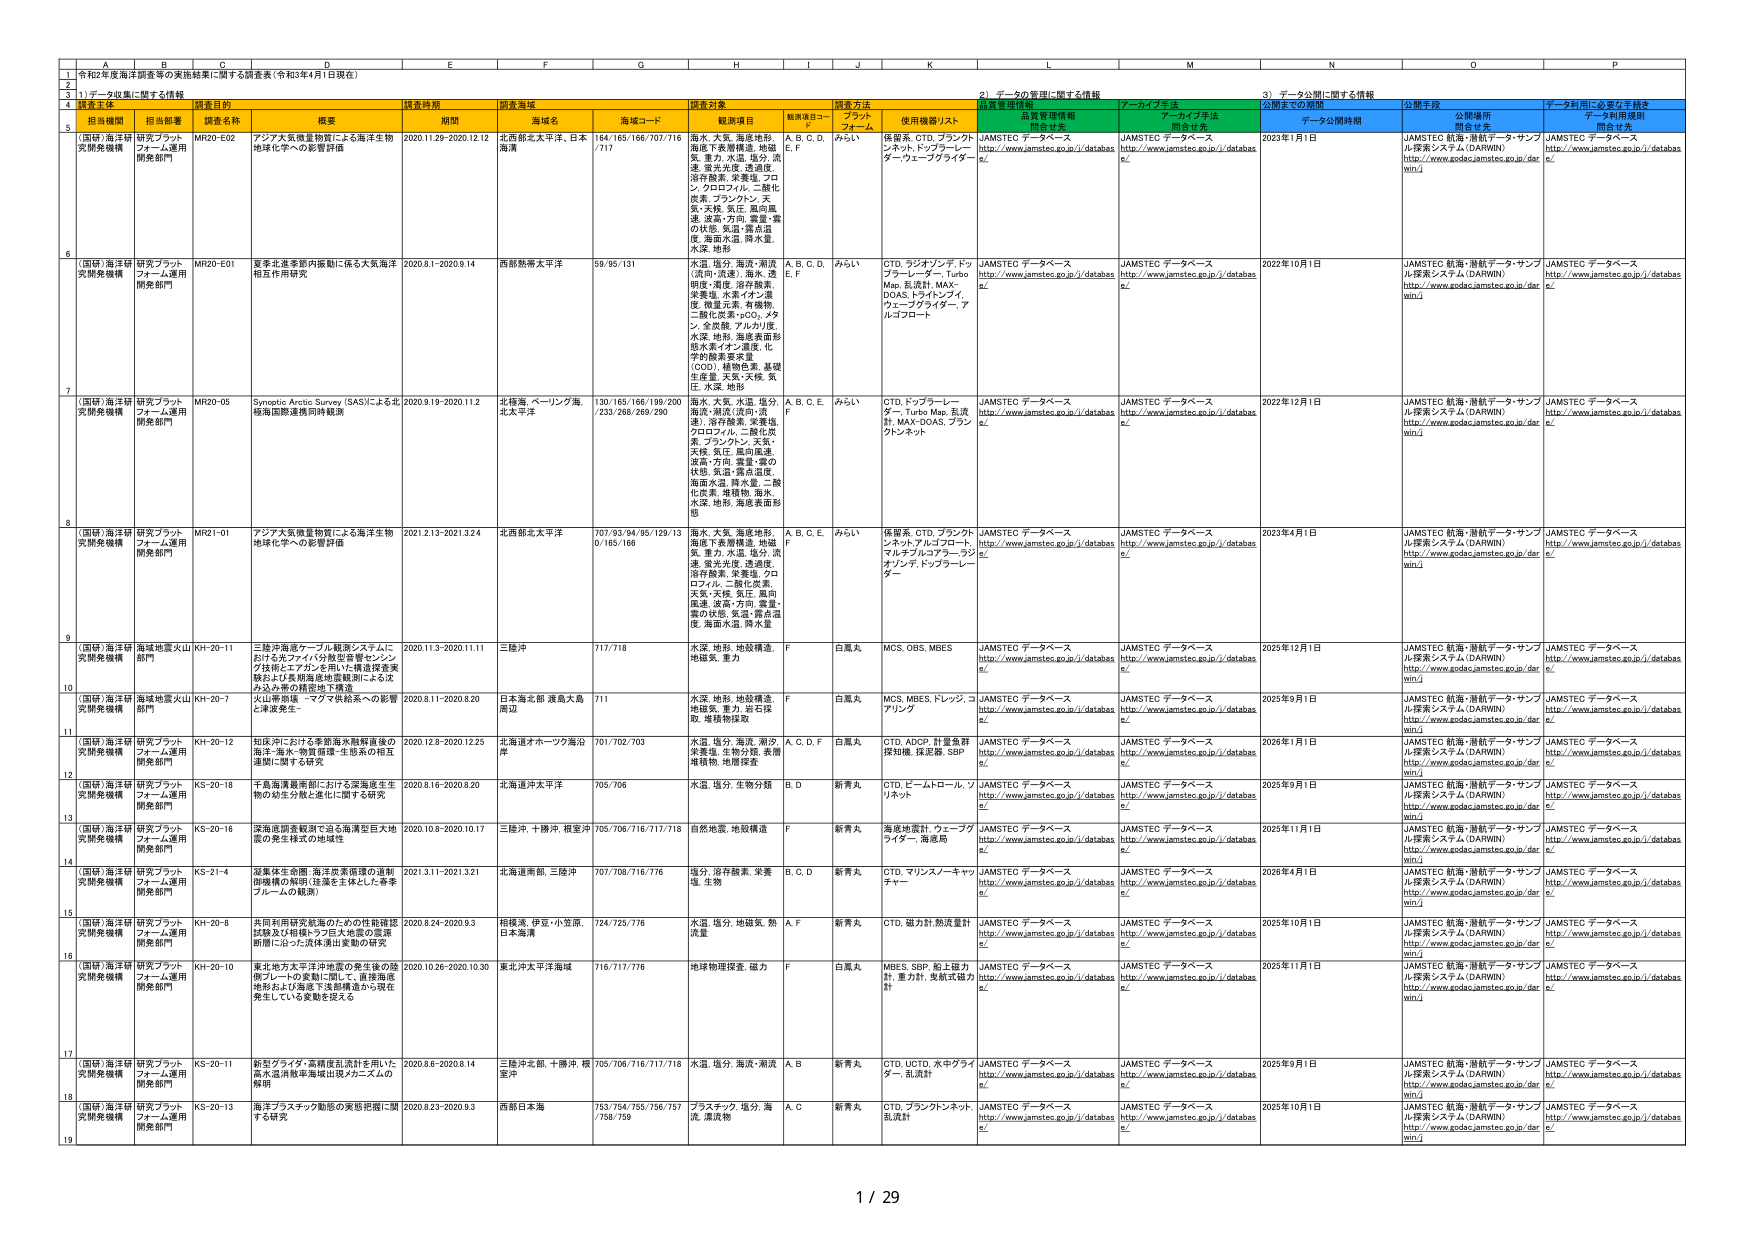
1 令和2年度海洋調査等の実施結果に関する調査表（令和3年4月1日現在）
2
3 1) データ収集に関する情報
4 調査主体
調査種別
調査実施
調査対象
調査方法
品質管理情報
アーカイブ手法
公開手順
データ利用に関する情報
5 担当機関
担当部署
調査名称
概要
期間
海域名
海域コード
観測項目
観測項目コード
プラットフォーム
使用機器/リスト
品質管理情報開示年度
アーカイブ手法開示年度
公開までの期間
データ公開時期
公開場所
開示住所
データ利用規則
開示住所
6 （国研）海洋研究開発機構
研究プラットフォーム運用開発部門
MR20-E02
アジア大気微量物質による海洋生物地球化学への影響評価
2020.11.29-2020.12.12
北西部北太平洋、日本海溝
164/165/166/707/716/717
海水、大気、海底地形、海面下表層構造、地磁気、重力、水温、塩分、流速、蛍光光度、透過度、溶存酸素、栄養塩、フロレン、クロロフィル、二酸化炭素、プランクトン、天気、天候、気圧、風向風速、波高・方向、雲量・雲の状態、気温・露点温度、海面水温、降水量、水深、地形
A, B, C, D, E, F
みらい
係留系、CTD、プラントンネット、ドップラーーレーダー、クエーブライダー
JAMSTEC データベース http://www.jamstec.go.jp/i/databases/
JAMSTEC データベース http://www.jamstec.go.jp/i/databases/
2023年1月1日
JAMSTEC 航海・潜航データ・サンプル探索システム（DARWIN） http://www.kodac.jamstec.go.jp/darwin/
JAMSTEC データベース http://www.jamstec.go.jp/i/databases/
7 （国研）海洋研究開発機構
研究プラットフォーム運用開発部門
MR20-E01
夏季北進季節内振動に係る大気海洋相互作用研究
2020.8.1-2020.9.14
西部熱帯太平洋
59/95/131
水温、塩分、海流/潮流（流向・流速）、海水、透明度、濁度、溶存酸素、栄養塩、水素イオン濃度、微量元素、有機物、二酸化炭素、pCO2、メタン、全炭酸、アルカリ度、水深、地形、海底表面形態、水素イオン濃度、化学的酸素要求量（COD）、植物性、基盤生産量、天気、天候、気圧、水深、地形
A, B, C, D, E, F
みらい
CTD、ラジオンブ、ドップラーーレーダー、Turbo Map、乱流計、MAX-DAS、トライトライ、ウェーブクライダー、アルコプロート
JAMSTEC データベース http://www.jamstec.go.jp/i/databases/
JAMSTEC データベース http://www.jamstec.go.jp/i/databases/
2022年10月1日
JAMSTEC 航海・潜航データ・サンプル探索システム（DARWIN） http://www.kodac.jamstec.go.jp/darwin/
JAMSTEC データベース http://www.jamstec.go.jp/i/databases/
8 （国研）海洋研究開発機構
研究プラットフォーム運用開発部門
MR20-05
Sympatic Arctic Survey (SAS)による北極海国際連携同時観測
2020.9.19-2020.11.2
北極海、ベーリング海、北太平洋
130/165/166/199/200/233/268/269/290
海水、大気、水温、塩分、海流/潮流（流向・流速）、溶存酸素、栄養塩、クロロフィル、二酸化炭素、プランクトン、天気、天候、気圧、風向風速、波高・方向、雲量・雲の状態、気温・露点温度、海面水温、降水量、二酸化炭素、堆積物、海水、水深、地形、海底表面形態
A, B, C, E, F
みらい
CTD、ドップラーーレーダー、Turbo Map、乱流計、MAX-DAS、プランクトンネット
JAMSTEC データベース http://www.jamstec.go.jp/i/databases/
JAMSTEC データベース http://www.jamstec.go.jp/i/databases/
2022年12月1日
JAMSTEC 航海・潜航データ・サンプル探索システム（DARWIN） http://www.kodac.jamstec.go.jp/darwin/
JAMSTEC データベース http://www.jamstec.go.jp/i/databases/
9 （国研）海洋研究開発機構
研究プラットフォーム運用開発部門
MR21-01
アジア大気微量物質による海洋生物地球化学への影響評価
2021.2.13-2021.3.24
北西部北太平洋
707/93/94/95/129/130/165/166
海水、大気、海底地形、海面下表層構造、地磁気、重力、水温、塩分、流速、蛍光光度、透過度、溶存酸素、栄養塩、クロロフィル、二酸化炭素、天気、天候、気圧、風向風速、波高・方向、雲量・雲の状態、気温・露点温度、海面水温、降水量
A, B, C, E, F
みらい
係留系、CTD、プラントンネット、アルコプロート、マルチレンジフローラジオンブ、ドップラーーレーダー
JAMSTEC データベース http://www.jamstec.go.jp/i/databases/
JAMSTEC データベース http://www.jamstec.go.jp/i/databases/
2023年4月1日
JAMSTEC 航海・潜航データ・サンプル探索システム（DARWIN） http://www.kodac.jamstec.go.jp/darwin/
JAMSTEC データベース http://www.jamstec.go.jp/i/databases/
10 （国研）海洋研究開発機構
海域地震火山部門
KH-20-11
三陸沖海底ケーブル観測システムにおける光ファイバ分散型音響センシング技術とエアガンを用いた構造探査実験および長期海底地質観測による沈み込み帯の構造地下構造
2020.11.3-2020.11.11
三陸沖
717/718
水深、地形、地殻構造、地磁気、重力
F
白鳳丸
MCS、OBS、MBES
JAMSTEC データベース http://www.jamstec.go.jp/i/databases/
JAMSTEC データベース http://www.jamstec.go.jp/i/databases/
2025年12月1日
JAMSTEC 航海・潜航データ・サンプル探索システム（DARWIN） http://www.kodac.jamstec.go.jp/darwin/
JAMSTEC データベース http://www.jamstec.go.jp/i/databases/
11 （国研）海洋研究開発機構
海域地震火山部門
KH-20-7
火山帯崩壊－マグマ供給系への影響と津波発生
2020.8.11-2020.8.20
日本海北部 濱島大島周辺
711
水深、地形、地殻構造、地磁気、重力、岩石採取、堆積物採取
F
白鳳丸
MCS、MBES、トレッジ、コアリング
JAMSTEC データベース http://www.jamstec.go.jp/i/databases/
JAMSTEC データベース http://www.jamstec.go.jp/i/databases/
2025年9月1日
JAMSTEC 航海・潜航データ・サンプル探索システム（DARWIN） http://www.kodac.jamstec.go.jp/darwin/
JAMSTEC データベース http://www.jamstec.go.jp/i/databases/
12 （国研）海洋研究開発機構
研究プラットフォーム運用開発部門
KH-20-12
知床沖における季節海水階級直後の海氷-海水-物質循環-生態系の相互連関に関する研究
2020.12.8-2020.12.25
北海道オホーツク海沿岸
701/702/703
水温、塩分、海流、潮汐、栄養塩、生物分類、表層堆積物、地殻探査
A, C, D, F
白鳳丸
CTD、ADCP、計量魚群探知機、探査器、SBP
JAMSTEC データベース http://www.jamstec.go.jp/i/databases/
JAMSTEC データベース http://www.jamstec.go.jp/i/databases/
2026年1月1日
JAMSTEC 航海・潜航データ・サンプル探索システム（DARWIN） http://www.kodac.jamstec.go.jp/darwin/
JAMSTEC データベース http://www.jamstec.go.jp/i/databases/
13 （国研）海洋研究開発機構
研究プラットフォーム運用開発部門
KS-20-18
千島海溝最南部における海底底生生物の幼生分散と進化に関する研究
2020.8.16-2020.8.20
北海道沖太平洋
705/706
水温、塩分、生物分類
B, D
新青丸
CTD、ビームトロール、ソリネット
JAMSTEC データベース http://www.jamstec.go.jp/i/databases/
JAMSTEC データベース http://www.jamstec.go.jp/i/databases/
2025年9月1日
JAMSTEC 航海・潜航データ・サンプル探索システム（DARWIN） http://www.kodac.jamstec.go.jp/darwin/
JAMSTEC データベース http://www.jamstec.go.jp/i/databases/
14 （国研）海洋研究開発機構
研究プラットフォーム運用開発部門
KS-20-16
深海底閉系鉄源で迫る海底型巨大大地震の発生様式の地域性
2020.10.8-2020.10.17
三陸沖、十勝沖、根室沖
705/706/716/717/718
自然地震、地殻構造
F
新青丸
海底地震計、ウェーブライダー、海底筒
JAMSTEC データベース http://www.jamstec.go.jp/i/databases/
JAMSTEC データベース http://www.jamstec.go.jp/i/databases/
2025年11月1日
JAMSTEC 航海・潜航データ・サンプル探索システム（DARWIN） http://www.kodac.jamstec.go.jp/darwin/
JAMSTEC データベース http://www.jamstec.go.jp/i/databases/
15 （国研）海洋研究開発機構
研究プラットフォーム運用開発部門
KS-21-4
近畿体生前海、海洋流系循環の連動即機の解明（延滞生主体とした春季フローの観測）
2021.3.11-2021.3.21
北海道南側、三陸沖
707/708/716/776
塩分、溶存酸素、栄養塩、生物
B, C, D
新青丸
CTD、マリンスノーキャッチャー
JAMSTEC データベース http://www.jamstec.go.jp/i/databases/
JAMSTEC データベース http://www.jamstec.go.jp/i/databases/
2026年4月1日
JAMSTEC 航海・潜航データ・サンプル探索システム（DARWIN） http://www.kodac.jamstec.go.jp/darwin/
JAMSTEC データベース http://www.jamstec.go.jp/i/databases/
16 （国研）海洋研究開発機構
研究プラットフォーム運用開発部門
KH-20-8
共同利用研究航海のための性能確認試験及び相模トラフ巨大地震の震源断層に沿った流体流出変動の研究
2020.8.24-2020.9.3
相模湾、伊豆・小笠原、日本海溝
724/725/776
水温、塩分、地磁気、熱流量
A, F
新青丸
CTD、磁力計、熱流量計
JAMSTEC データベース http://www.jamstec.go.jp/i/databases/
JAMSTEC データベース http://www.jamstec.go.jp/i/databases/
2025年10月1日
JAMSTEC 航海・潜航データ・サンプル探索システム（DARWIN） http://www.kodac.jamstec.go.jp/darwin/
JAMSTEC データベース http://www.jamstec.go.jp/i/databases/
17 （国研）海洋研究開発機構
研究プラットフォーム運用開発部門
KH-20-10
東北地方太平洋沖地震の発生後の陸側プレートの変動に関して、直接海底地形および海底下波動構造から現在発生している変動を捉える
2020.10.26-2020.10.30
東北沖太平洋海域
716/717/776
地殻物理探査、磁力
F
白鳳丸
MBES、SBP、船上磁力計、重力計、免航式磁力計
JAMSTEC データベース http://www.jamstec.go.jp/i/databases/
JAMSTEC データベース http://www.jamstec.go.jp/i/databases/
2025年11月1日
JAMSTEC 航海・潜航データ・サンプル探索システム（DARWIN） http://www.kodac.jamstec.go.jp/darwin/
JAMSTEC データベース http://www.jamstec.go.jp/i/databases/
18 （国研）海洋研究開発機構
研究プラットフォーム運用開発部門
KS-20-11
新型グライダ・高精度乱流計を用いた高水温渦数発生域出現メカニズムの解明
2020.8.6-2020.8.14
三陸沖名取、十勝沖、根室沖
705/706/716/717/718
水温、塩分、海流/潮流
A, B
新青丸
CTD、LICD、水中グライダー、乱流計
JAMSTEC データベース http://www.jamstec.go.jp/i/databases/
JAMSTEC データベース http://www.jamstec.go.jp/i/databases/
2025年9月1日
JAMSTEC 航海・潜航データ・サンプル探索システム（DARWIN） http://www.kodac.jamstec.go.jp/darwin/
JAMSTEC データベース http://www.jamstec.go.jp/i/databases/
19 （国研）海洋研究開発機構
研究プラットフォーム運用開発部門
KS-20-13
海洋プラスチック動態の実態把握に関する研究
2020.8.23-2020.9.3
西部日本海
753/754/755/756/757/758/759
プラスチック、塩分、海流、漂流物
A, C
新青丸
CTD、プランクトンネット、乱流計
JAMSTEC データベース http://www.jamstec.go.jp/i/databases/
JAMSTEC データベース http://www.jamstec.go.jp/i/databases/
2025年10月1日
JAMSTEC 航海・潜航データ・サンプル探索システム（DARWIN） http://www.kodac.jamstec.go.jp/darwin/
JAMSTEC データベース http://www.jamstec.go.jp/i/databases/
1 / 29